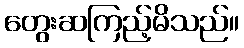
တွေးဆကြည့်မိသည်။